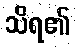
သိရ၏